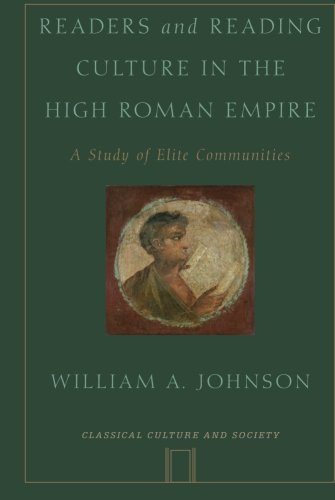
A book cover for Readers and Reading Culture in the High Roman Empire: A Study of Elite Communities (Classical Culture and Society); William A. Johnson; Literature & Fiction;